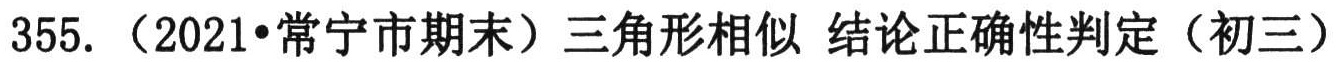
355. （2021•常宁市期末）三角形相似 结论正确性判定（初三）